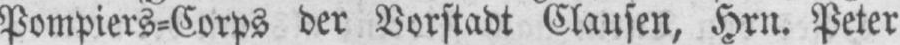
Pompiers⸗Corps der Vorstadt Clausen, Hrn. Peter